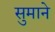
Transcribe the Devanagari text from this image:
सुमाने